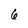
Character: 6